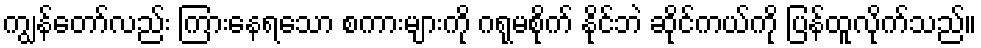
ကျွန်တော်လည်း ကြားနေရသော စကားများကို ဂရုမစိုက် နိုင်ဘဲ ဆိုင်ကယ်ကို ပြန်ထူလိုက်သည်။